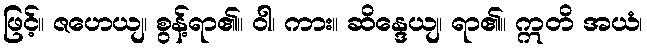
ဖြင့်။ ဇဟေယျ၊ စွန့်ရာ၏။ ဝါ၊ ကား။ ဆိန္ဒေယျ၊ ရာ၏။ ဣတိ အယံ၊